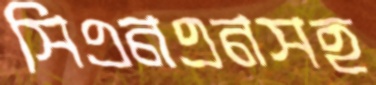
সিএনএনসহ